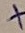
Text: +